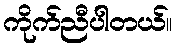
ကိုက်ညီပါတယ်။